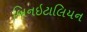
બિનઇટાલિયન